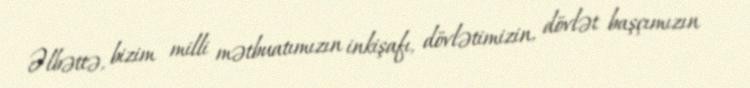
Əlbəttə, bizim milli mətbuatımızın inkişafı, dövlətimizin, dövlət başçımızın